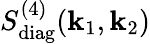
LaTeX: S_{\mathrm{diag}}^{(4)}(\textbf{k}_{1},\textbf{k}_{2})